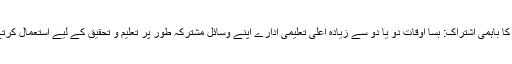
وسائل کا باہمی اشتراک: بسا اوقات دو یا دو سے زیادہ اعلیٰ تعلیمی ادارے اپنے وسائل مشترکہ طور پر تعلیم و تحقیق کے لیے استعمال کرتے ہیں۔